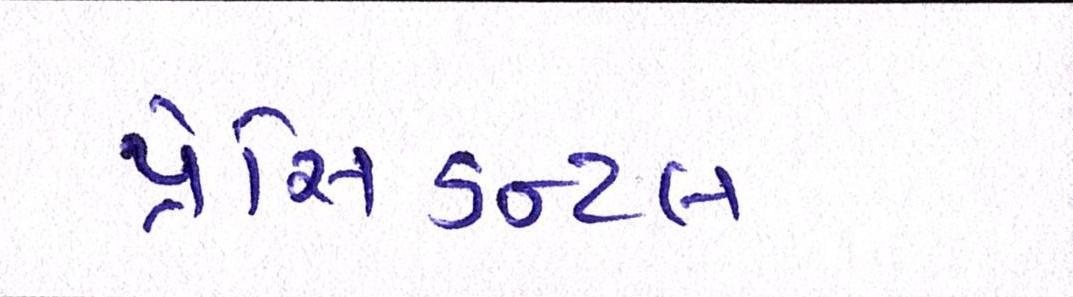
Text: પ્રેસિડન્ટલ